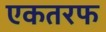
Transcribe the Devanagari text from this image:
एकतरफ